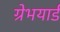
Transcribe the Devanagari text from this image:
ग्रेभयार्ड